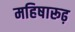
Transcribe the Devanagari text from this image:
महिषारूढ़